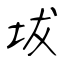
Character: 坺